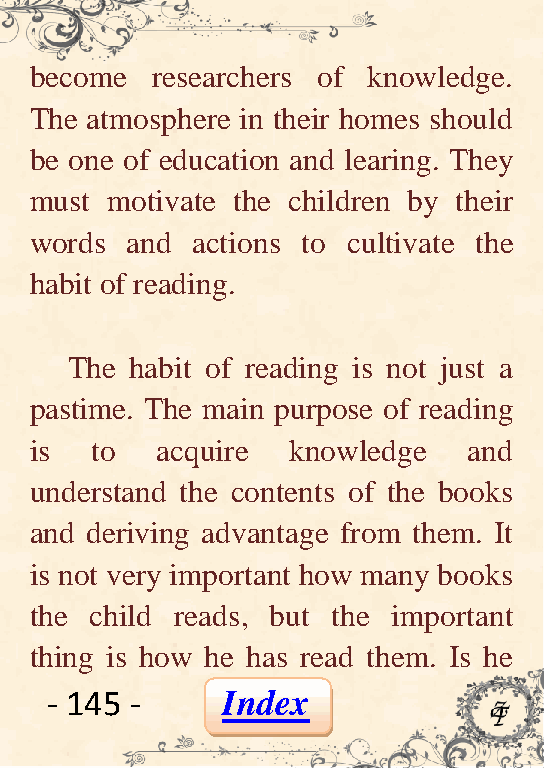
become  researchers of knowledge.
 The atmosphere in their homes should
 be one of education and learing. They
 must motivate the children by their
 words and  actions to cultivate the
 habit of reading.
 The  habit of reading is not just a
 pastime. The main purpose of reading
 is  to  acquire  knowledge   and
 understand the contents of the books
 and deriving advantage from them. It
 is not very important how many books
 the child reads, but the important
 thing is how he has read them. Is he
 - 145 -     Index